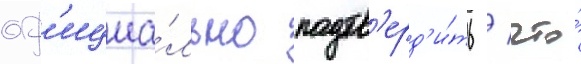
оф'ициа́льно подтв'ерд'и́ть / что́